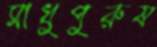
সাধুপুরুষ